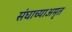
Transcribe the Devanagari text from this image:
संघाच्याअमृत